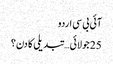
آئی بی سی اردو
25 جولائی… تبدیلی کا دن؟